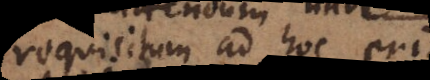
requisitum ad hoc erit